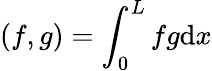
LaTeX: (f,g)=\int_{0}^{L}fg\mathrm{d}x